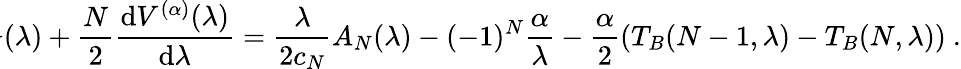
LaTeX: \! \! \! \! \! \! \! \! B_{N}(\lambda)+\frac{N}{2}\frac{\mathrm{d}V^{(\alpha)}(\lambda)}{\mathrm{d}\lambda}=\frac{\lambda}{2c_{N}}A_{N}(\lambda)-(-1)^{N}\frac{\alpha}{\lambda}-\frac{\alpha}{2}(T_{B}(N-1,\lambda)-T_{B}(N,\lambda))\ .